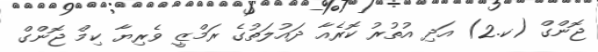
ޖޮންގް (ކ.2) އަދި އުތުރު ކޮރެއާ ދައުލަތުގެ ރަމްޒީ ވެރިޔާ ކިމް ޖޮންގް